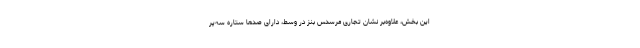
این بخش، علاوه‌بر نشان تجاری مرسدس بنز در وسط، دارای صدها ستاره سه‌پر